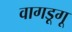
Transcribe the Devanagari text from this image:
वागडूगू